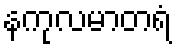
နကုလမာတရံ